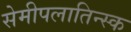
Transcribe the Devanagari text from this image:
सेमीपलातिन्स्क